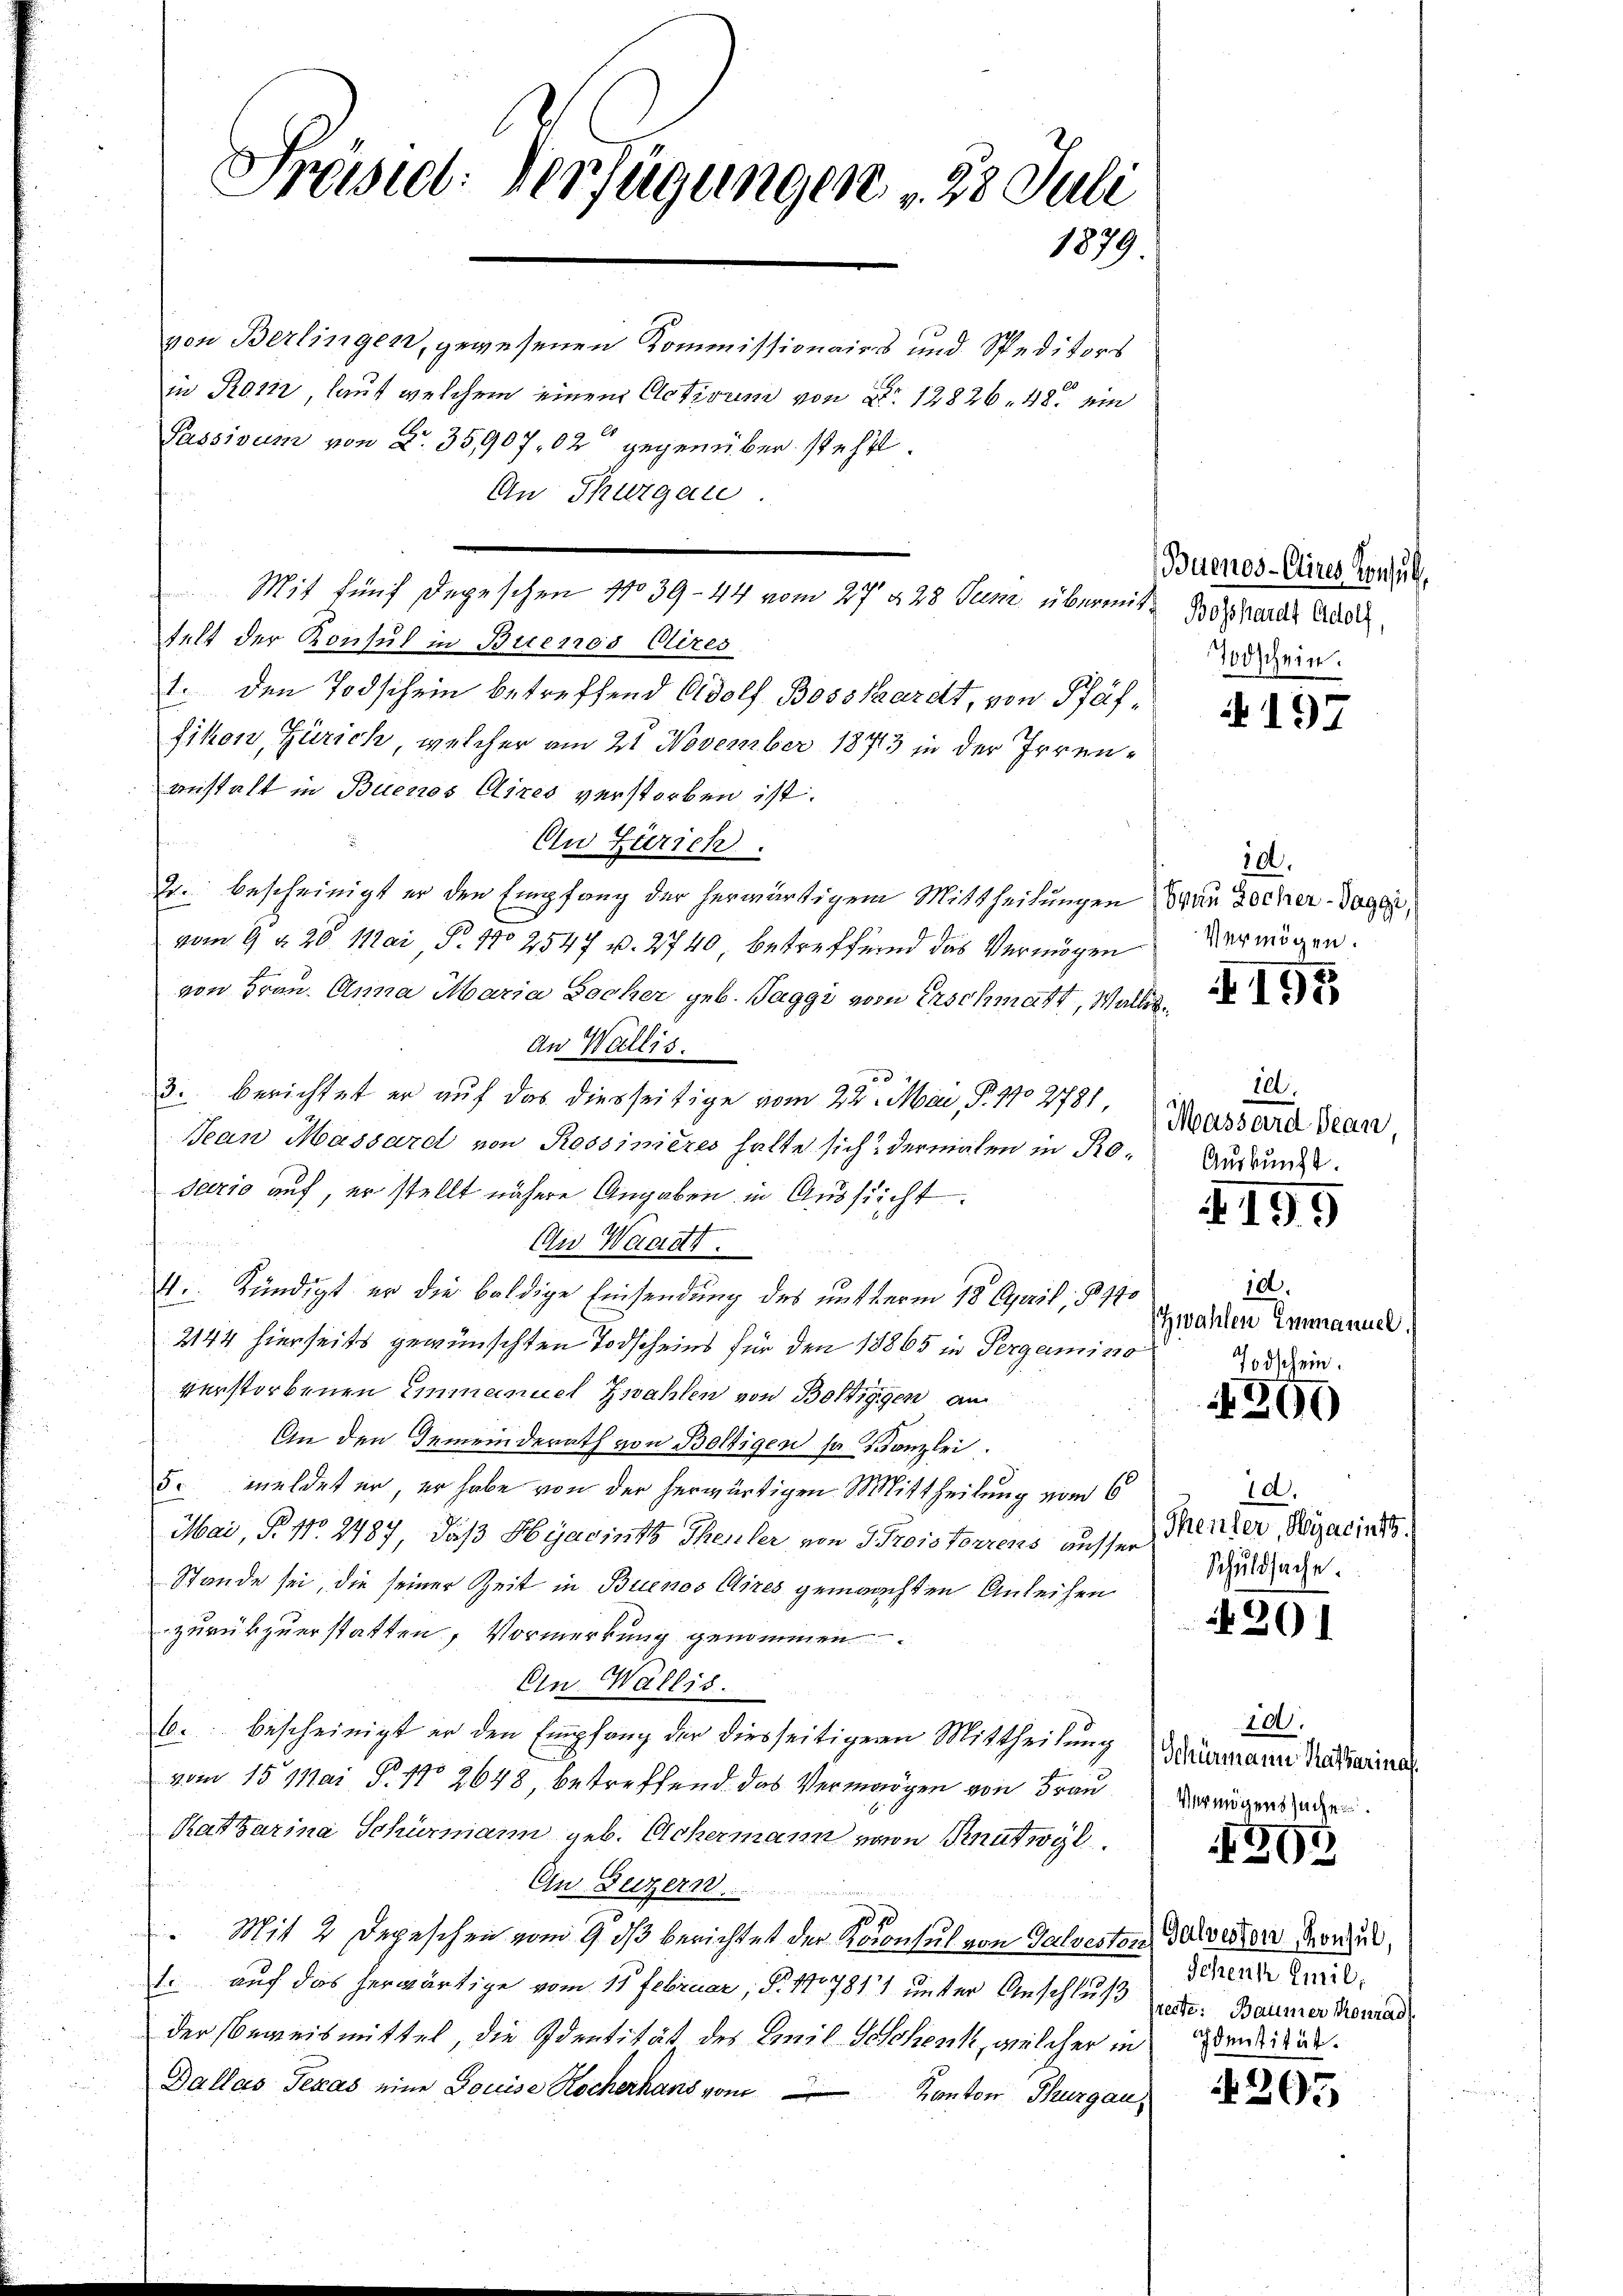
Präsid. Verfügungen 25. Juli
1879

von Berlingen, gewesenen Kommissionaires und Speditors
in Roin, lauf welchem einem Activum von No 12826. 48 ein
Passivum von Nr. 35907,02 gegenüber steht.
An Thurgau.
felt der Konsul in Buenos Aires
1. den Todschein betreffend Adolf Bossardt, von Pfäffikon, Zürich, welcher am 21 November 1873 in der Irrenanstalt in Buenos Aires verstorben ist.
.
n
An Zürich.
2. bescheinigt er den Empfang der herwärtigem Mittheilungen an Rocher-Boggi,
vom 9. d. 20. Mai P. No 2547 u. 2740, betreffend das Vermögen
von Frau Anna Maria Bocher geb. Taggi vom Erschmatt, Wallis¬
An Wallis.
d
3. berichtet er auf das diesseitige vom 22. Mai, P. 170 2781
Bean Massard von Rossimières halte sich dermalen in Ro-
sario auf, er stellt nähere Angaben in Aussucht.
i
An Waadt.
4. Kündigt er die baldige Einsendung des unterm 18. April 1891
2144 hierseits gewünschten Todscheins für den 18865 in Pergamiso
verstorbenen Einmanuel Zwahlen von Boltiggen an
An den Gemeinderath von Boltigen sa Kanzlei.
5. meldet er, er habe von der herwärtigen Mittheilung vom 6
Mai, P. Nr. 2487, daß Hyaginth Theuler von 3 Proisterrens ausser Menzer, Wyacinis
Stande sei, die seiner Zeit in Buenos Aires gemaachten Anleihen
zurückzuerstatten, Vormerkung genommen
Ein Wallis.
b. bescheinigt er den Empfang der diesseitigern Mittheilung Dramann Ratharina
vom 15. Mai P. No 2648 betreffend das Vermögen von Frau
Ratharina Schürmann geb. Eichermann von Knutwyl
En Luzern
Mit 2 Depeschen vom 9. ds berichtet der Koconsul von Talrestanz Schwesten Konsul,
1. auf das herwärtige vom 11. Februar, S. 110781 unter Anschluß der Baumer Konrad
der Beweismittel, die Identität des Emil Voschenk, welcher in seiten.
Dallas Texas eine Douise Kocherhans vom Kanton Thurgau,

Mit fünf Depeschen 17039-44 vom 27 § 28 Juni übermit Boßhardes Ansch

Buenos-Cires Konsul
Todschein.

4197

10.
Vermögen.

4195

10.
Massard Bean,
Auskunft.
195

10.
Zwahlen Einmanuel.
Todschein.

1890

1d.
Schuldsache.

N 201

200.
Vermögenssache.

393

Schenk Emil;

205